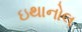
ઇથાનોલ